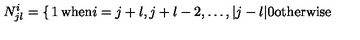
N _ { j l } ^ { i } = \left\{ \begin{matrix} { 1 } & { \mathrm { w h e n } i = j + l , j + l - 2 , \ldots , | j - l | } \\ { 0 } & { \mathrm { o t h e r w i s e } } \\ \end{matrix} \right.